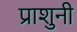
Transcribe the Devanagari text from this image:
प्राशुनी